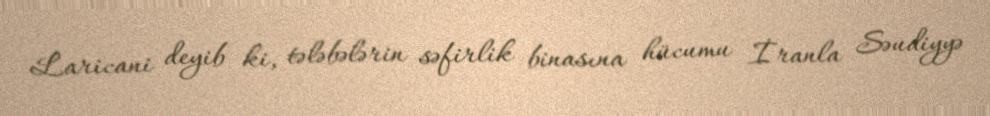
Laricani deyib ki, tələbələrin səfirlik binasına hücumu İranla Səudiyyə